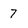
Character: 7